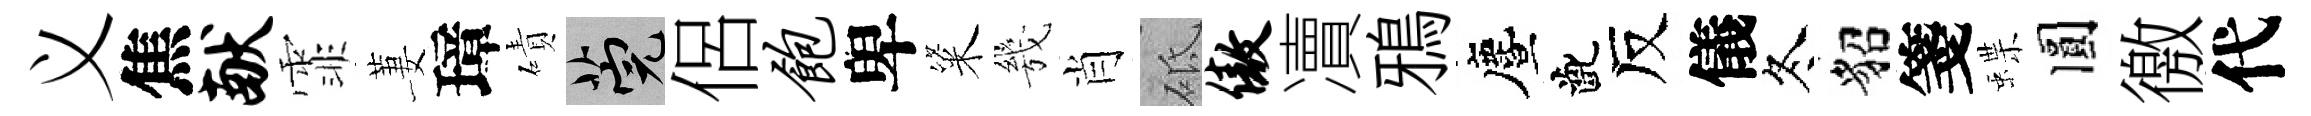
义焦献霏萋璋磧筦侶饱卑粢㡬肖砥傲凟鴉󵨌齔反儀冬貂箋蝶圓徼代